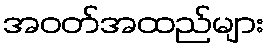
အဝတ်အထည်များ